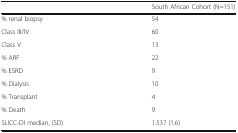
|  | South African Cohort (N=151) |
 | --- | --- |
 | % renal biopsy | 54 |
 | Class III/IV | 60 |
 | Class V | 13 |
 | % ARF | 22 |
 | % ESRD | 9 |
 | % Dialysis | 10 |
 | % Transplant | 4 |
 | % Death | 9 |
 | SLICC-DI median, (SD) | 1.537 (1.6) |